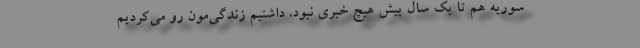
سوریه هم تا یک سال پیش هیچ خبری نبود، داشتیم زندگی‌مون رو می‌کردیم